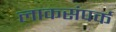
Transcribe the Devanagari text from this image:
लाकसंपर्क